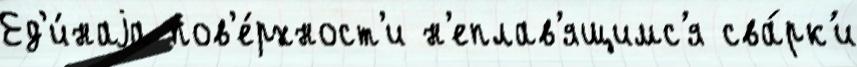
Ед'и́наjа пов'е́рхност'и н'еплав'ящимс'я сва́рк'и